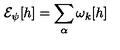
{ \cal E } _ { \psi } [ h ] = \sum _ { \alpha } \omega _ { k } [ h ]